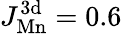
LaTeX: J_{\mathrm{Mn}}^{\mathrm{3d}}=0.6